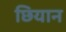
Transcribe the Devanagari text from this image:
छियान